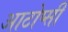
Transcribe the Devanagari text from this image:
आटोप्सी